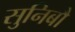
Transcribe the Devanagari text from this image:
सुनिबौ